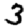
Digit: 3